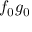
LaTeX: f _ { 0 } g _ { 0 }